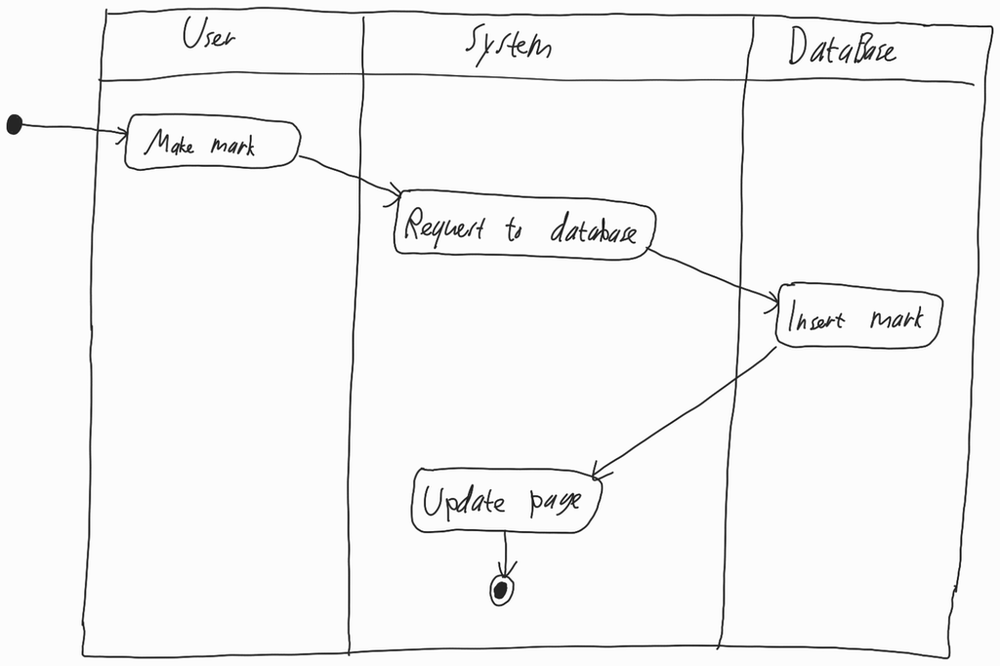
Diagram type: activity_diagram
```plantuml
@startuml

|User|

start

:Make mark;

|System|

:Request to database;

|DataBase|

:Insert mark;

|System|

:Update page;

stop

@enduml
```